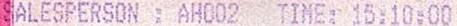
SALESPERSON : AH002 TIME: 15:10:00